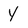
Character: y